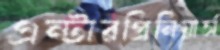
এন্টারপ্রিনিয়ার্স